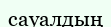
сауалдың